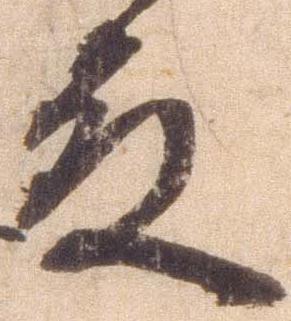
殿